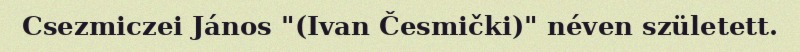
Csezmiczei János "(Ivan Česmički)" néven született.